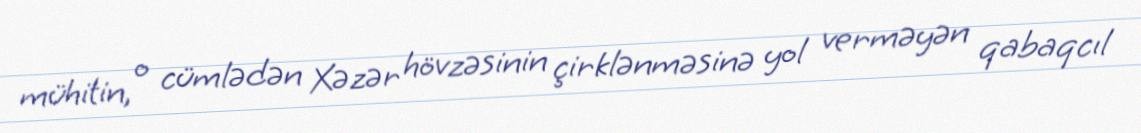
mühitin, o cümlədən Xəzər hövzəsinin çirklənməsinə yol verməyən qabaqcıl